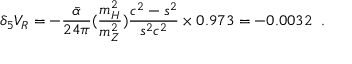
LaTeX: \delta _ { 5 } V _ { R } = - \frac { \bar { \alpha } } { 2 4 \pi } ( \frac { m _ { H } ^ { 2 } } { m _ { Z } ^ { 2 } } ) \frac { c ^ { 2 } - s ^ { 2 } } { s ^ { 2 } c ^ { 2 } } \times 0 . 9 7 3 = - 0 . 0 0 3 2 \; \; .